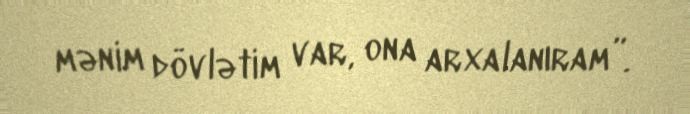
mənim dövlətim var, ona arxalanıram”.